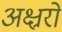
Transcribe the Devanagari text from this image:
अक्ष्ररों